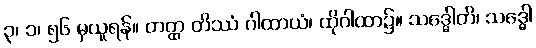
၃၊ ၁၊ ၅၆ မှယူရန်။ တတ္ထ တိဿံ ဂါထာယံ၊ ထိုဂါထာ၌။ သဒ္ဓေါတိ၊ သဒ္ဓေါ